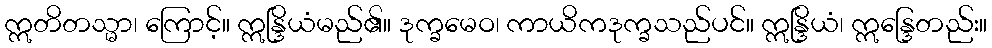
ဣတိတသ္မာ၊ ကြောင့်။ ဣန္ဒြိယံမည်၏။ ဒုက္ခမေဝ၊ ကာယိကဒုက္ခသည်ပင်။ ဣန္ဒြိယံ၊ ဣန္ဒြေတည်း။